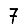
Digit: 7